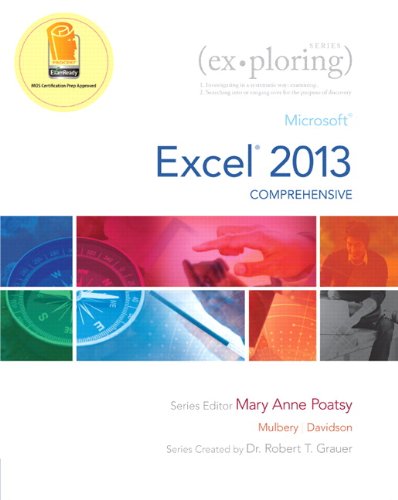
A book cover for Exploring: Microsoft Excel 2013, Comprehensive (Exploring for Office 2013); MaryAnne Poatsy; Computers & Technology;